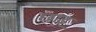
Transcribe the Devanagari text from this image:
छाइ